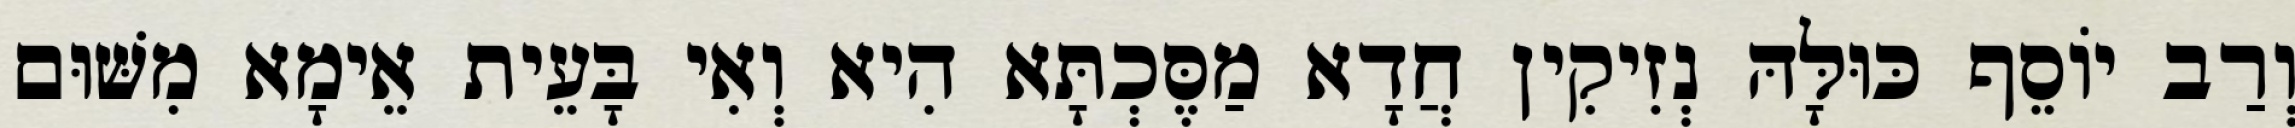
וְרַב יוֹסֵף כּוּלָּהּ נְזִיקִין חֲדָא מַסֶּכְתָּא הִיא וְאִי בָּעֵית אֵימָא מִשּׁוּם